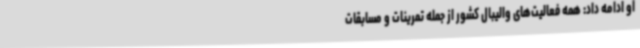
او ادامه داد: همه فعالیت‌های والیبال کشور از جمله تمرینات و مسابقات